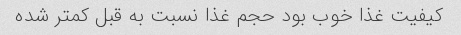
کیفیت غذا خوب بود حجم غذا نسبت به قبل کمتر شده